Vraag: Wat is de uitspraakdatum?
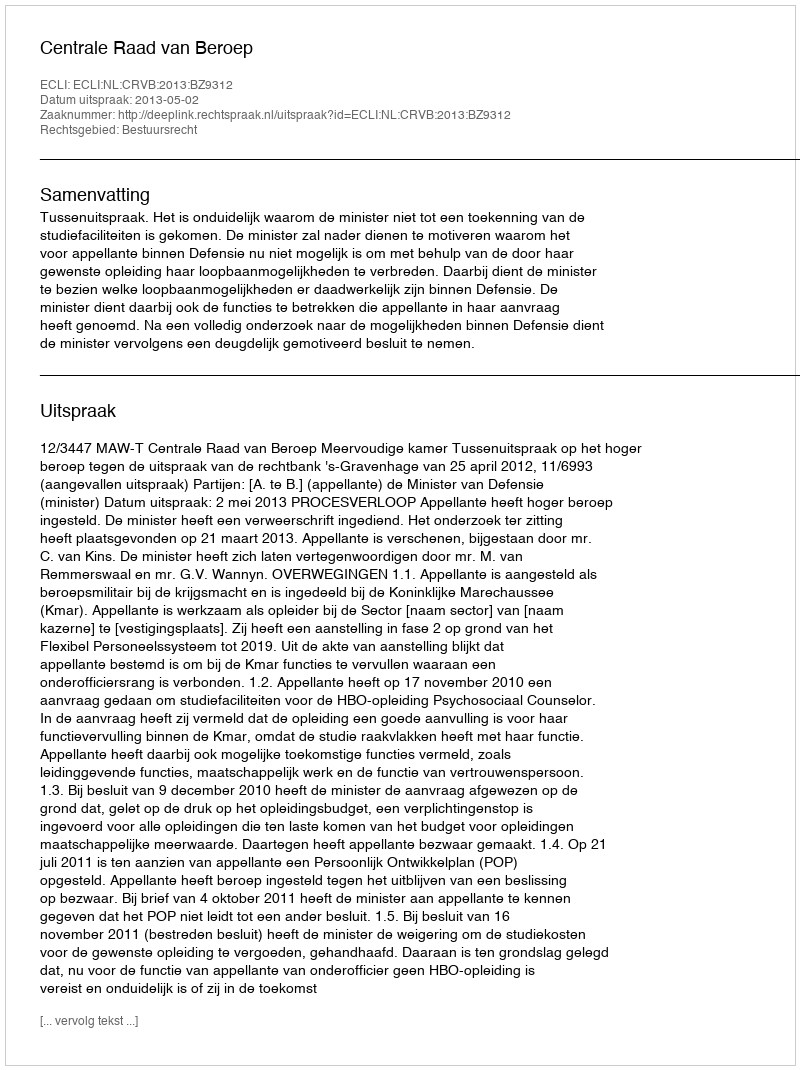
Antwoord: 2013-05-02